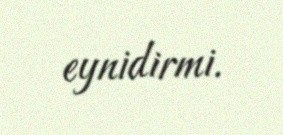
eynidirmi.